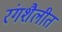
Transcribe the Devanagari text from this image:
रंगशैलीत